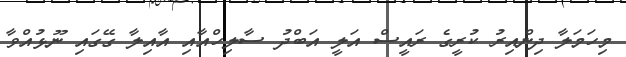
މިހަމަލާ ދިންއިރު ކުރީގެ ރައީސް އަލީ އަބްދު ސާލިހްއާއި އާއިލާ ގޭގައި ނޫޅުއްވާ